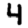
Digit: 4